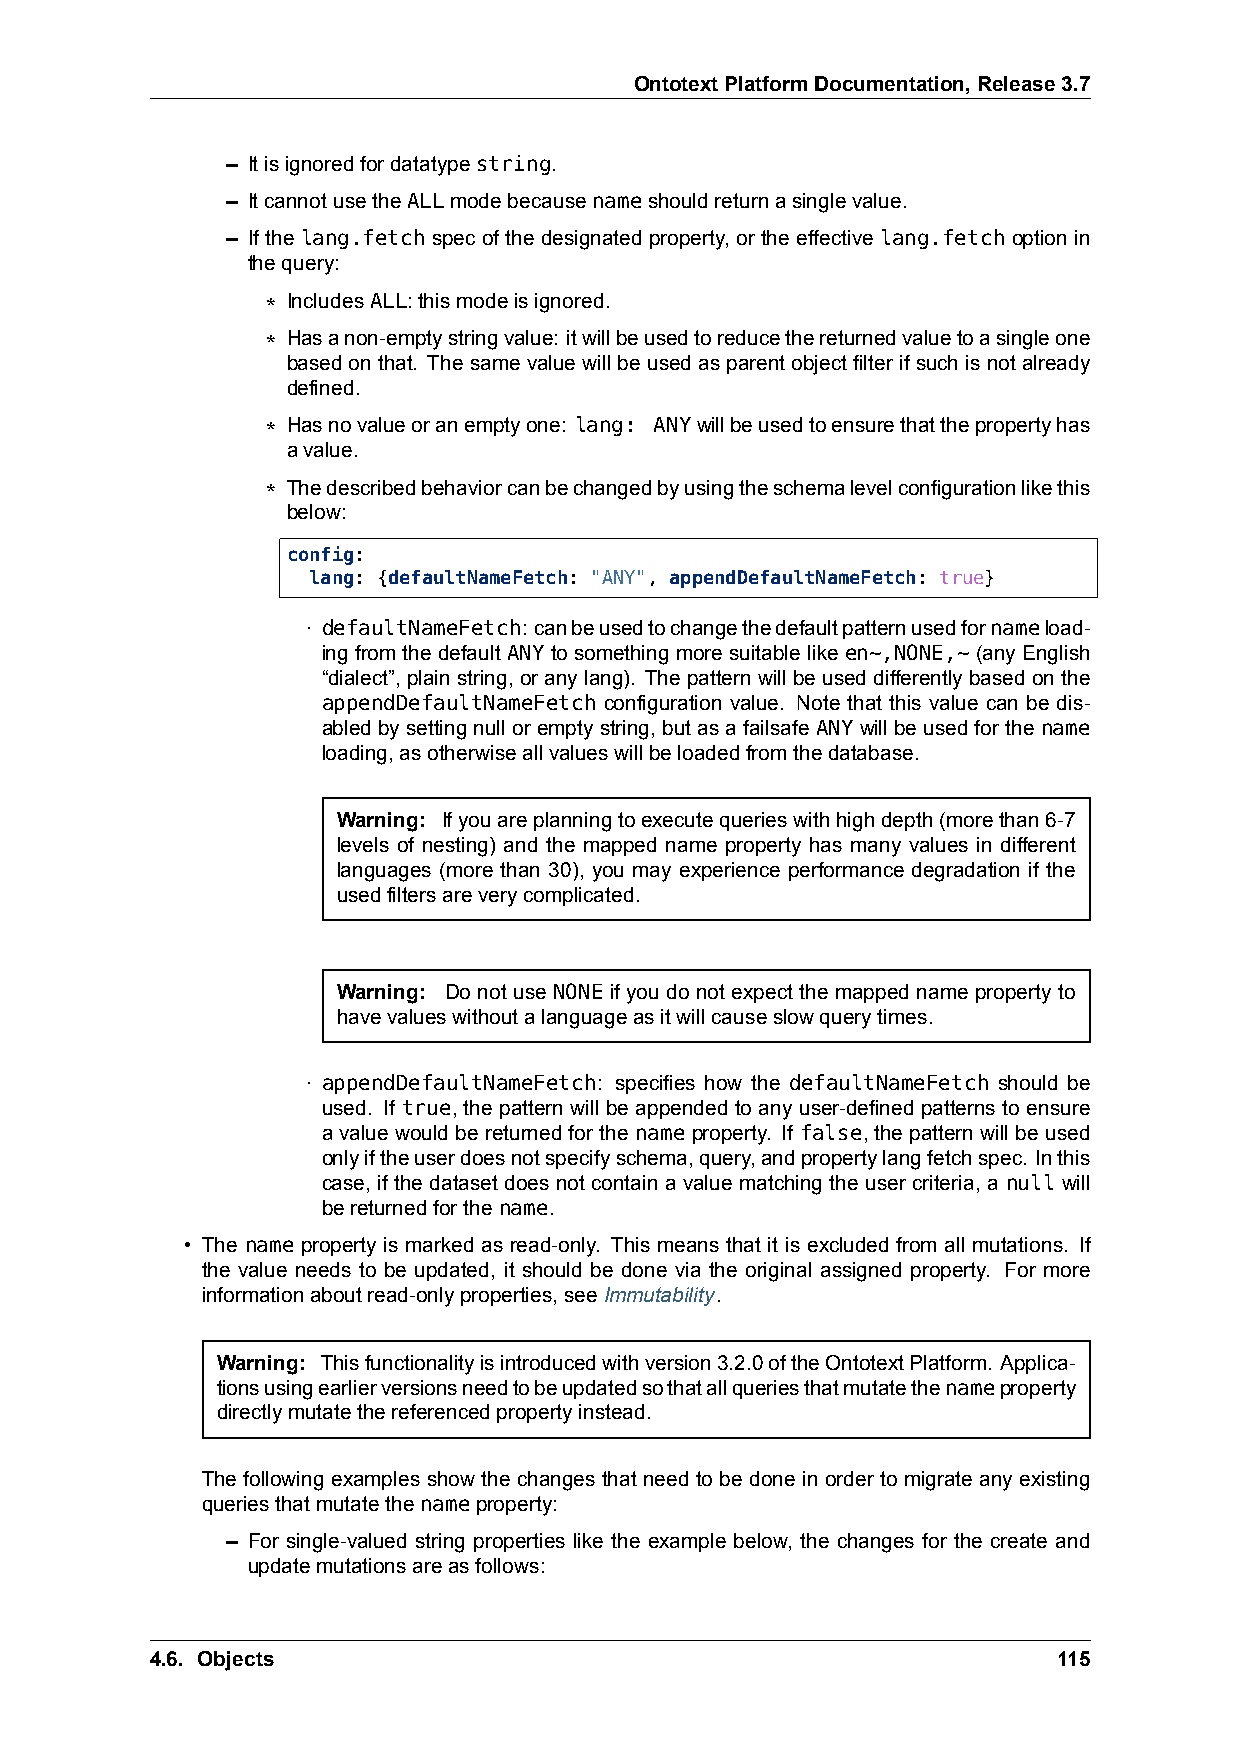
OntotextPlatformDocumentation,Release3.7
 – Itisignoredfordatatypestring.
 – ItcannotusetheALLmodebecausenameshouldreturnasinglevalue.
 – If the lang.fetch spec of the designated property, or the effective lang.fetch option in
 thequery:
 * IncludesALL:thismodeisignored.
 * Hasanon-emptystringvalue: itwillbeusedtoreducethereturnedvaluetoasingleone
 basedonthat. Thesame valuewillbe usedasparent objectfilterif suchisnot already
 defined.
 * Hasnovalueoranemptyone: lang: ANYwillbeusedtoensurethatthepropertyhas
 avalue.
 * Thedescribedbehaviorcanbechangedbyusingtheschemalevelconfigurationlikethis
 below:
 config:
 lang: {defaultNameFetch: "ANY", appendDefaultNameFetch: true}
 · defaultNameFetch: canbeusedtochangethedefaultpatternusedfornameload-
 ingfromthedefaultANYtosomethingmoresuitablelikeen~,NONE,~(anyEnglish
 “dialect”, plainstring, oranylang). Thepatternwillbeuseddifferentlybasedonthe
 appendDefaultNameFetch configuration value. Note that this value can be dis-
 abledbysettingnulloremptystring, butasafailsafe ANYwillbeusedforthename
 loading,asotherwiseallvalueswillbeloadedfromthedatabase.
 Warning: Ifyouareplanningtoexecutequerieswithhighdepth(morethan6-7
 levels of nesting) and the mapped name property has many values in different
 languages (more than 30), you may experience performance degradation if the
 usedfiltersareverycomplicated.
 Warning: Do not use NONE if you do not expect the mapped name property to
 havevalueswithoutalanguageasitwillcauseslowquerytimes.
 · appendDefaultNameFetch: specifies how the defaultNameFetch should be
 used. If true, the pattern will be appended to any user-defined patterns to ensure
 a value would be returned for the name property. If false, the pattern will be used
 onlyiftheuserdoesnotspecifyschema,query,andpropertylangfetchspec. Inthis
 case, if the dataset does not contain a value matching the user criteria, a null will
 bereturnedforthename.
 • The name property is marked as read-only. This means that it is excluded from all mutations. If
 the value needs to be updated, it should be done via the original assigned property. For more
 informationaboutread-onlyproperties,seeImmutability.
 Warning: Thisfunctionalityisintroducedwithversion3.2.0oftheOntotextPlatform. Applica-
 tionsusingearlierversionsneedtobeupdatedsothatallqueriesthatmutatethenameproperty
 directlymutatethereferencedpropertyinstead.
 The following examples show the changes that need to be done in order to migrate any existing
 queriesthatmutatethenameproperty:
 – For single-valued string properties like the example below, the changes for the create and
 updatemutationsareasfollows:
 4.6. Objects                                                115